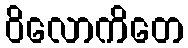
ဝိလောကိတေ